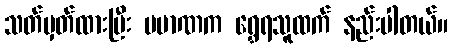
သတ်မှတ်ထားပြီး ပမာဏက ရွှေရသူထက် နည်းပါတယ်။